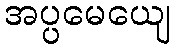
အပ္ပမေယျေ